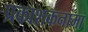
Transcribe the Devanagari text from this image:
प्रकाशकनामा